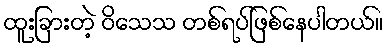
ထူးခြားတဲ့ ဝိသေသ တစ်ရပ်ဖြစ်နေပါတယ်။